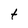
Character: t